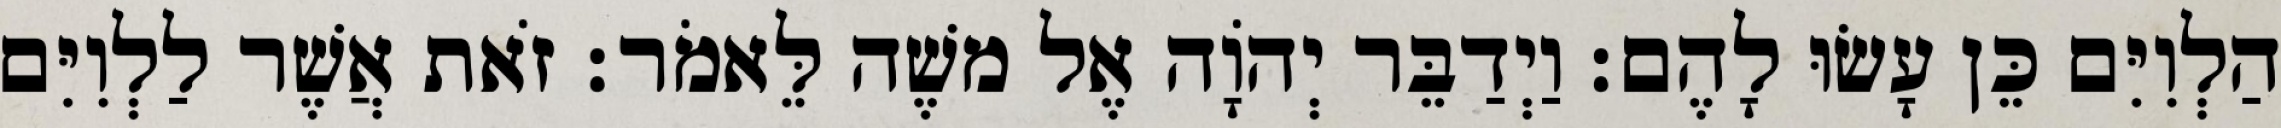
הַלְוִיִּם כֵּן עָשׂוּ לָהֶם׃ וַיְדַבֵּר יְהוָֹה אֶל משֶׁה לֵּאמֹר׃ זֹאת אֲשֶׁר לַלְוִיִּם